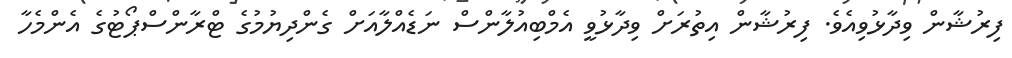
ފިރުޝާން ވިދާޅުވިއެވެ. ފިރުޝާން އިތުރަށް ވިދާޅުވީ އެމްބިއުލާންސް ނަޑެއްލާއަށް ގެންދިޔުމުގެ ޓްރާންސްޕޯޓުގެ އެންމެހާ